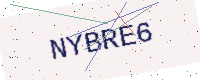
Text: NYBRE6